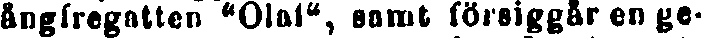
ångfregatten "Olaf", samt försiggår en ge-